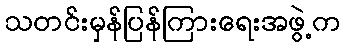
သတင်းမှန်ပြန်ကြားရေးအဖွဲ့က